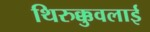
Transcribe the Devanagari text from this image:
थिरुक्कुवलाई